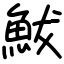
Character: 鮁